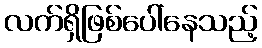
လက်ရှိဖြစ်ပေါ်နေသည့်